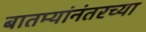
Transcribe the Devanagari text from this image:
बातम्यांनंतरच्या